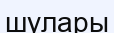
шулары